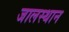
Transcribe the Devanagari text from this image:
जालस्थान